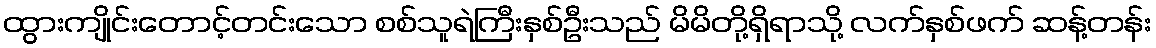
ထွားကျိုင်းတောင့်တင်းသော စစ်သူရဲကြီးနှစ်ဦးသည် မိမိတို့ရှိရာသို့ လက်နှစ်ဖက် ဆန့်တန်း